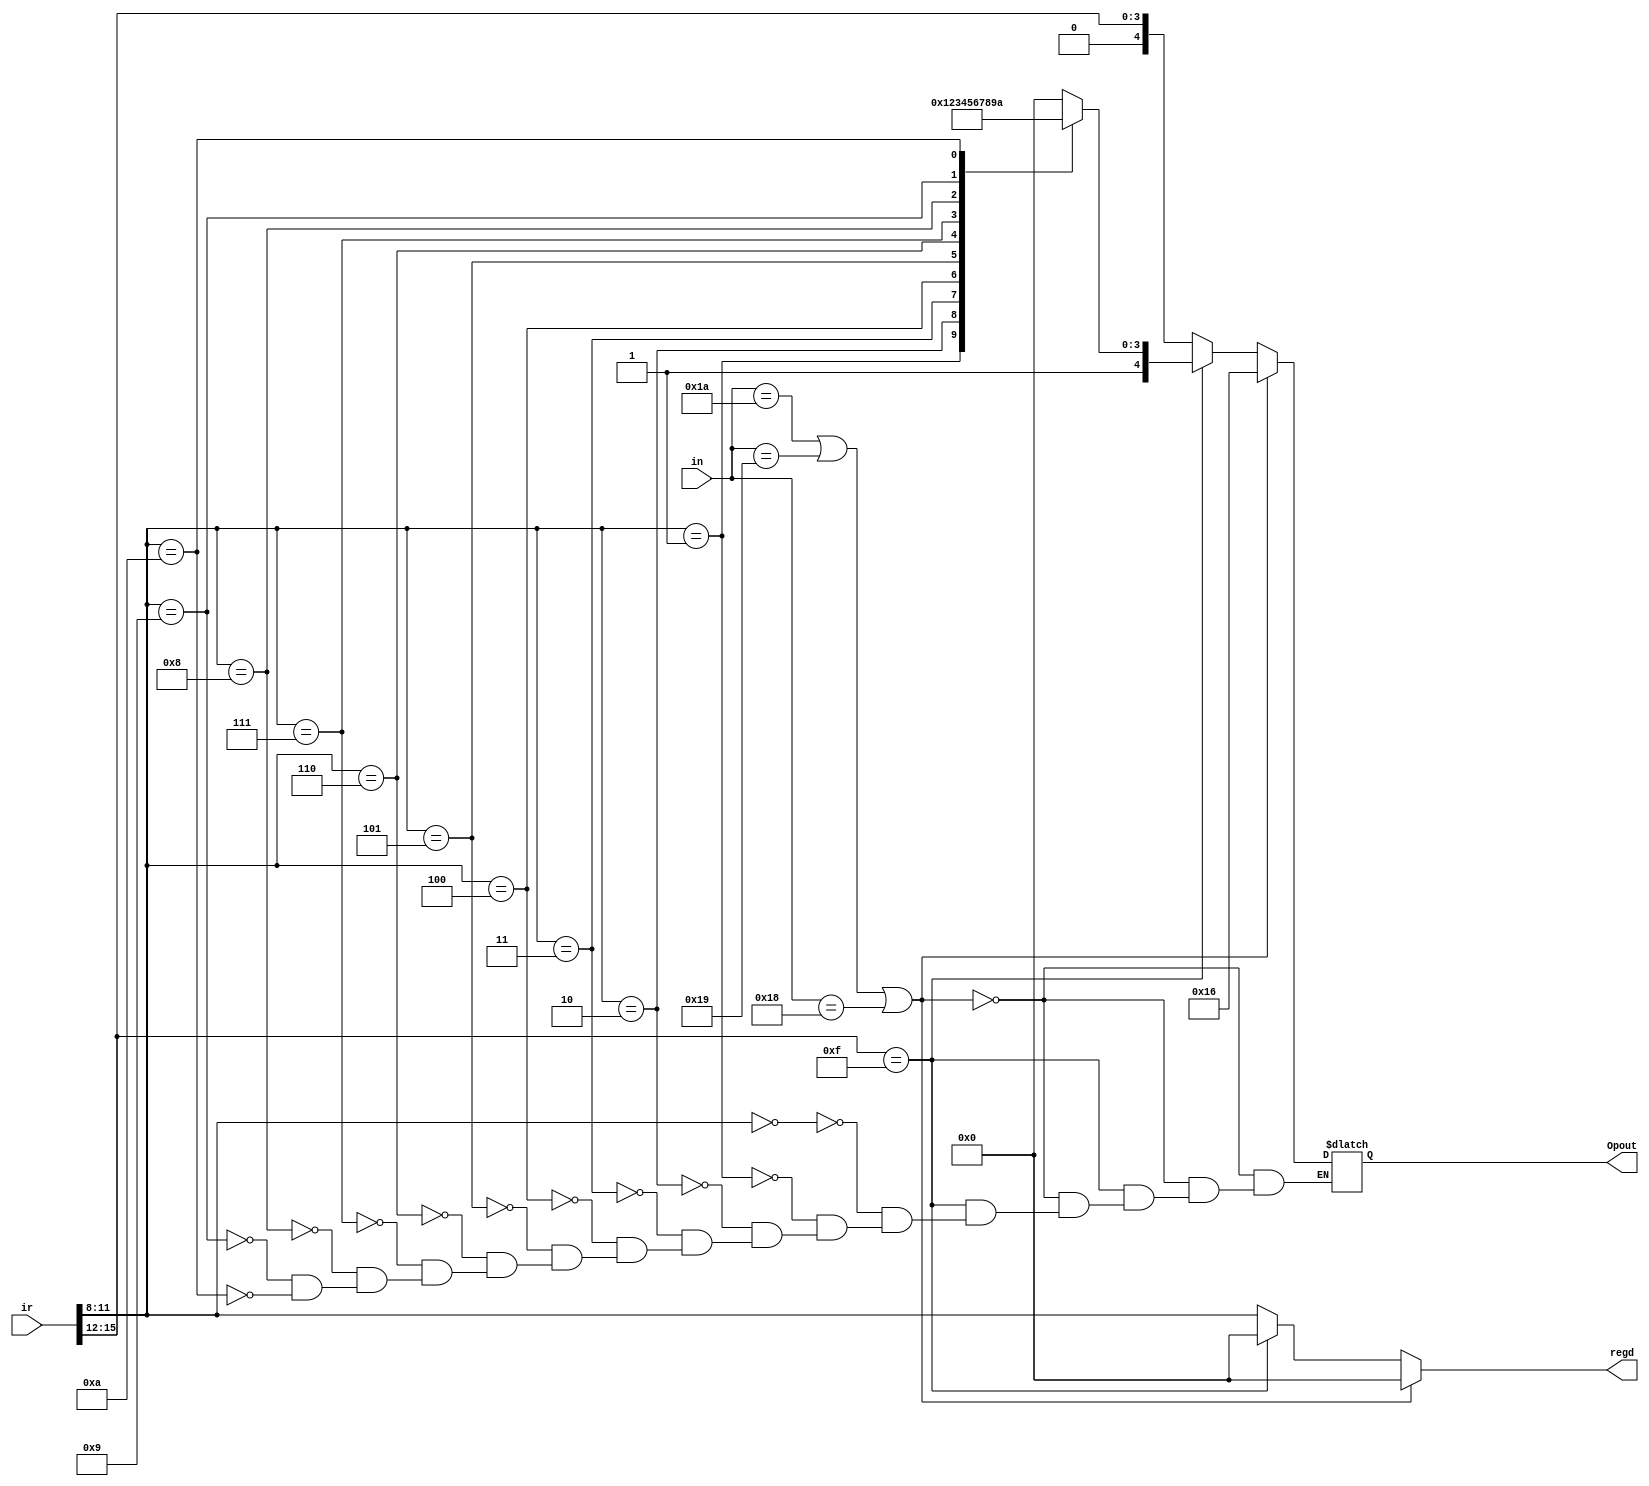
// Basic
`define WORD			[15:0]
`define OpCode			[15:12]
`define Dest			[11:8]
`define Sc				[7:4]
`define alt				[3:0]
`define Imm				[7:0]
`define EN				[31:0]
`define STATE			[3:0]
`define Op				[4:0]

// Size references
`define REGSIZE			[15:0]
`define MEMSIZE			[65535:0]
`define RETADDR			[63:0]
`define REGNAME			[3:0]
`define ESTACKSIZE		[31:0]
`define CSTACKSIZE		[63:0]

// 4bit Operatrors
`define OpAdd		4'b0000
`define OpAnd		4'b0001
`define OpMul		4'b0010
`define OpOr		4'b0011
`define OpSll		4'b0100
`define OpSlt		4'b0101
`define OpSra		4'b0110
`define OpXor		4'b0111
`define OpGor		4'b1000
`define OpLeft		4'b1001
`define OpRight		4'b1010
`define OpLnot		4'b1011
`define OpNeg		4'b1100
`define OpLI8		4'b1101
`define OpLU8		4'b1110
`define OpSc		4'b1111

// 5bit extended Operatrors  
`define OpLoad 		5'b10000
`define OpStore		5'b10001
`define OpAllen		5'b10010
`define OpPOpen		5'b10011
`define OpPushen 	5'b10100
`define OpRet		5'b10101
`define OpNOp		5'b10110
`define OpTrap		5'b10111
`define OpCall		5'b11000
`define OpJump		5'b11001
`define OpJumpf		5'b11010


//Source Codes
`define ScLoad		4'b0000
`define ScStore		4'b0001
`define ScAllen		4'b0010
`define ScPOpen		4'b0011
`define ScPushen	4'b0100
`define ScRet		4'b0101
`define ScNOp		4'b0110
`define ScTrap		4'b0111
`define ScCall		4'b1000
`define ScJump		4'b1001
`define ScJumpf		4'b1010


/////////////////////////////////////////////////////////////////////
///////////////module decode/////////////////////////////////////////
/////////////////////////////////////////////////////////////////////
module decode(Opout, regd, in, ir);
output reg `Op Opout;
output reg `REGNAME regd;

input wire `Op in;
input `WORD ir;

always @(in, ir) begin
	if((in == `OpJumpf) || (in == `OpJump) || (in == `OpCall)) begin
		Opout = `OpNOp;  // 2nd word of li becomes nOp
		regd = 0;           // No writing will occur
	end else begin
		case (ir `OpCode)
			`OpSc:begin
			regd=0;
			case (ir `Dest)
				`ScLoad:		Opout = `OpLoad;
				`ScStore:		Opout = `OpStore;
				`ScAllen:		Opout = `OpAllen;
				`ScPOpen:		Opout = `OpPOpen;
				`ScPushen:		Opout = `OpPushen;
				`ScRet:			Opout = `OpRet;
				`ScNOp:			Opout = `OpNOp;
				`ScTrap:		Opout = `OpTrap;
				`ScCall:		Opout = `OpCall;
				`ScJump:		Opout = `OpJump;
				`ScJumpf:		Opout = `OpJumpf;
    		endcase
      	end
      	`OpStore: begin Opout = ir `OpCode; regd <= 0; end
        default: begin Opout = ir `OpCode; regd <= ir `Dest; end
    endcase
end
end
endmodule
/////////////////////////////////////////////////////////////////////


////////////////////module alu///////////////////////////////////////
/////////////////////////////////////////////////////////////////////
module alu(result, OpCode, Inst1, Inst2);
output reg `WORD result;
input wire `Op OpCode;
input wire `WORD Inst1, Inst2;

always @(OpCode, Inst1, Inst2) begin
  case (OpCode)
	`OpAdd:		result = Inst1 + Inst2;
	`OpAnd:		result = Inst1 & Inst2;
	`OpMul:		result = Inst1 * Inst2;
	`OpOr:		result = Inst1 | Inst2;
	`OpGor:		result = Inst2; 
	`OpXor:		result = Inst1 ^ Inst2;
	`OpSll:		result = Inst1 << (Inst2 & 4'b1111); 
	`OpSra:		result = Inst1 >> (Inst2 & 4'b1111);
	`OpLnot:	result = !Inst2;
	`OpNeg:		result = ~Inst2;
	`OpSlt:		result = (Inst1 < Inst2)? 4'b0001 : 4'b0000;
	`OpLeft:	result = Inst2;
	`OpRight:	result = Inst2;
	default:	result = Inst1;
  endcase
end
endmodule
/////////////////////////////////////////////////////////////////////


/////////////////////////////////////////////////////////////////////
/////////////////////////module processor////////////////////////////
/////////////////////////////////////////////////////////////////////
module processor(halt, reset, clk);
output reg halt;
input reset, clk;

reg  `WORD RegFile `REGSIZE;
reg  `WORD InstMem `MEMSIZE;
reg  `WORD DataMem `MEMSIZE;
reg  `WORD NewPC, IReg, ScVal, altVal, DstVal;
wire `Op DecOp;
wire `REGNAME RegDst;
wire `WORD ALUResult;
reg  `ESTACKSIZE en = 1;
reg  `CSTACKSIZE CallStack,Callstacktemp;
reg  `Op s0Op, s1Op, s2Op;
reg  `REGNAME s0Sc, s0alt, s0Dst, s0RegDst, s1RegDst, s2RegDst;
reg  `WORD PC;
reg  `WORD s1ScVal, s1altVal;
reg  `WORD s2Val;

always @(reset) begin
    halt = 0;
    PC = 0;
    RegFile[0] = 0; // zero
    RegFile[1] = 0; // IPROC
    RegFile[2] = 1; // NPROC
    en = -1; // all 1s
    s0Op = `OpNOp;
    s1Op = `OpNOp;
    s2Op = `OpNOp;
    $readmemh0(RegFile);
    $readmemh1(InstMem);
    $readmemh2(DataMem);
end

decode MyDecode(DecOp, RegDst, s0Op, IReg);
alu ALU(ALUResult, s1Op, s1ScVal, s1altVal);

always @(*) IReg = InstMem[PC];

// new pc value. Can come from many places
always @(*) begin 
    NewPC = ((s1Op == `OpJumpf) && (s1altVal == 0)) ? s1ScVal :
        (s1Op == `OpJump) ? s1ScVal: ((s1Op == `OpCall) &&     
        (en[0] == 1)) ? s1ScVal: ((s1Op == `OpRet) &&(en[0] == 1)) ?          
        CallStack[15:0] : (PC + 1); 
		Callstacktemp = CallStack;
    if(s1Op == `OpJumpf && s1altVal == 0) begin
        en[0] = ~en[0];
    end
    if(s1Op == `OpCall && en[0] == 1) begin
		
        CallStack = {Callstacktemp[47:0], PC};
    end
    if(s1Op == `OpRet && en[0] == 1) begin
        CallStack = {Callstacktemp[63:48], Callstacktemp[63:16]};
    end
end

// compute RR ScVal, with value forwarding...
always @(*)
	if ((s0Op == `OpJump) || (s0Op == `OpJumpf) || (s0Op == `OpCall) || (s0Op == `OpLI8) || (s0Op == `OpLU8))      
        ScVal = IReg;
    else ScVal = ((s1RegDst && (s0Sc == s1RegDst)) ? ALUResult :
					((s2RegDst && (s0Sc == s2RegDst)) ? s2Val :
						RegFile[s0Sc]));

// compute DstVal, with value forwarding
always @(*) DstVal = ((s1RegDst && (s0Dst == s1RegDst)) ? ALUResult :
                      ((s2RegDst && (s0Dst == s2RegDst)) ? s2Val :
                       RegFile[s0Dst]));

// compute altVal, with value forwarding...
always @(*)
    if ((s0Op == `OpJump) || (s0Op == `OpJumpf) || (s0Op == `OpCall) || (s0Op == `OpLI8) || (s0Op == `OpLU8)) 
        altVal = 0;
    else  altVal = (s1RegDst && (s0alt == s1RegDst)) ? ALUResult :
        ((s0alt == s2RegDst)) ? s2Val :RegFile[s0alt];



// Inst Fetch
always @(posedge clk) if (!halt) begin
    s0Op <= (DecOp == `OpTrap) ? `OpNOp : DecOp;
    s0RegDst <= (DecOp == `OpTrap) ? 0 : RegDst;
    s0Sc <= IReg`Sc;
    s0alt <=IReg `alt;
    PC <= NewPC;
end

// Register Read
always @(posedge clk) if (!halt) begin
    s1Op <= s0Op;
    s1RegDst <= s0RegDst;
    s1ScVal <= ScVal;
    s1altVal <= altVal;
end

// ALU and data memory Operations
always @(posedge clk) if (!halt) begin
    s2Op <= s1Op;
    s2RegDst <= s1RegDst;
    s2Val <= ((s1Op == `OpLoad) ? DataMem[s1ScVal] : ALUResult);
    if (s1Op == `OpStore) DataMem[s1ScVal] <= s1altVal;
end

// Register Write
always @(posedge clk) if (!halt) begin
    if (s2RegDst != 0) RegFile[s2RegDst] <= s2Val;
end
endmodule
/////////////////////////////////////////////////////////////////////


/////////////////////////////////////////////////////////////////////
/////////////////Test Bench//////////////////////////////////////////
/////////////////////////////////////////////////////////////////////
module testbench;
reg reset = 0;
reg clk = 0;
wire halted;
integer i = 0;
processor PE(halted, reset, clk);
initial begin
  $dumpfile;
  $dumpvars(0, PE);
  #10 reset = 1;
  #10 reset = 0;
  while (!halted && (i < 50)) begin
	#10 clk = 1;
	#10 clk = 0;
	i=i+1;
  end
  $finish;
end
endmodule
/////////////////////////////////////////////////////////////////////